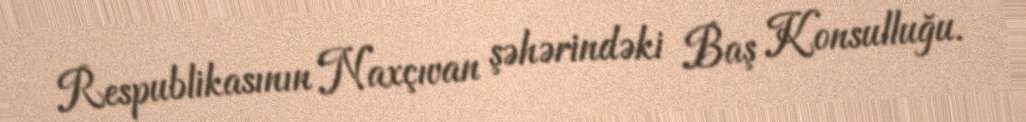
Respublikasının Naxçıvan şəhərindəki Baş Konsulluğu.